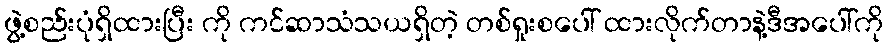
ဖွဲ့စည်းပုံရှိထားပြီး ကို ကင်ဆာသံသယရှိတဲ့ တစ်ရှုးစပေါ် ထားလိုက်တာနဲ့ဒီအပေါ်ကို